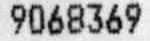
9068369